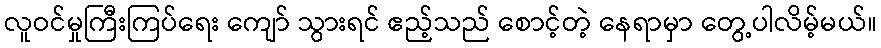
လူဝင်မှုကြီးကြပ်ရေး ကျော် သွားရင် ဧည့်သည် စောင့်တဲ့ နေရာမှာ တွေ့ပါလိမ့်မယ်။